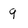
Character: 9